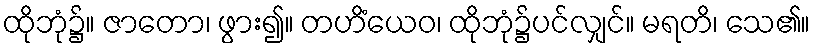
ထိုဘုံ၌။ ဇာတော၊ ဖွား၍။ တဟိံယေဝ၊ ထိုဘုံ၌ပင်လျှင်။ မရတိ၊ သေ၏။